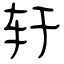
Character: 轩